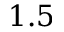
1 . 5